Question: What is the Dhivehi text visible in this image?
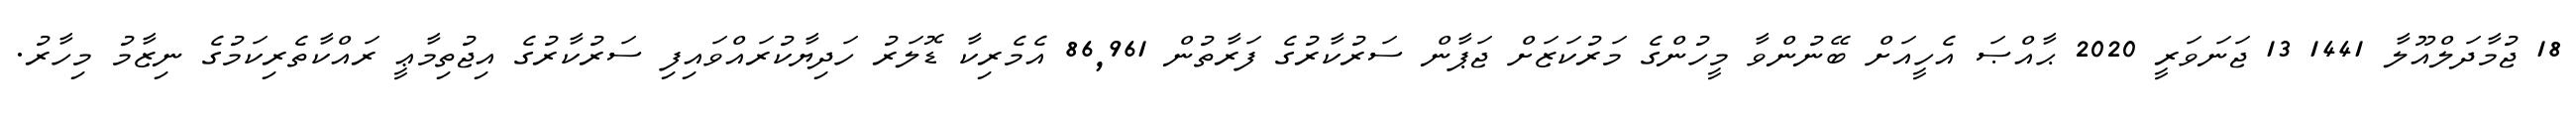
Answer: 18 ޖުމާދަލްއޫލާ 1441 13 ޖަނަވަރީ 2020 ޙާއްޞަ އެހީއަށް ބޭނުންވާ މީހުންގެ މަރުކަޒަށް ޖަޕާން ސަރުކާރުގެ ފަރާތުން 86,961 އެމެރިކާ ޑޮލަރު ހަދިޔާކުރައްވައިފި ސަރުކާރުގެ އިޖުތިމާޢީ ރައްކާތެރިކަމުގެ ނިޒާމު މިހާރު.